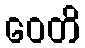
ဝေတိ